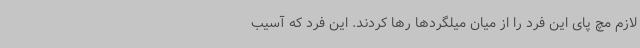
لازم مچ پای این فرد را از میان میلگردها رها کردند. این فرد که آسیب